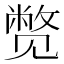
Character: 𬢓